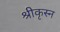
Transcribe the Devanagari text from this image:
श्रीकृस्‍न